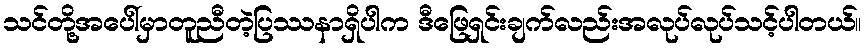
သင်တို့အပေါ်မှာတူညီတဲ့ပြဿနာရှိပါက ဒီဖြေရှင်းချက်လည်းအလုပ်လုပ်သင့်ပါတယ်။